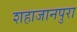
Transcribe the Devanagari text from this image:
शहाजानपुरा